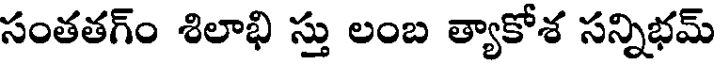
సంతతగ్ం శిలాభి స్తు లంబ త్యాకోశ సన్నిభమ్